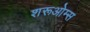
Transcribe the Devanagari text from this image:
शरूओम्स